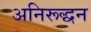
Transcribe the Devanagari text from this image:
अनिरूद्धन